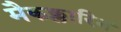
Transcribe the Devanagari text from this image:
मैकक्लारिन